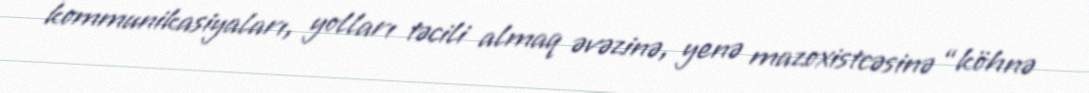
kommunikasiyaları, yolları təcili almaq əvəzinə, yenə mazoxistcəsinə “köhnə